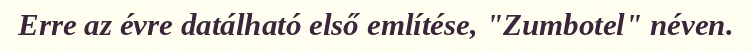
Erre az évre datálható első említése, "Zumbotel" néven.